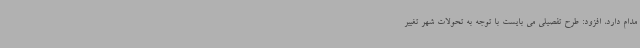
مدام دارد، افزود: طرح تفصیلی می بایست با توجه به تحولات شهر تغییر